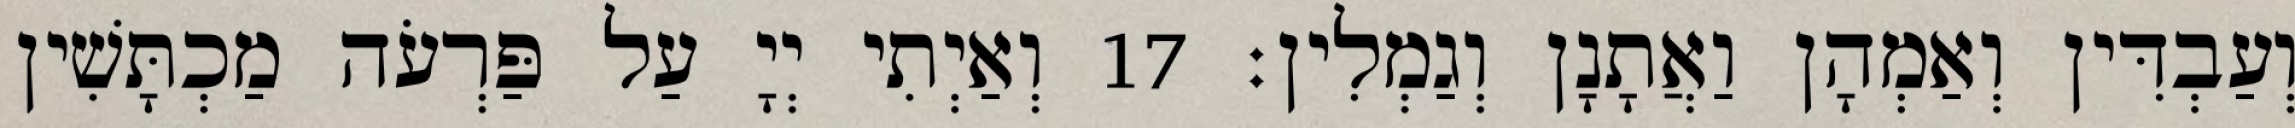
וְעַבְדִּין וְאַמְהָן וַאֲתָנָן וְגַמְלִין׃ 17 וְאַיְתִי יְיָ עַל פַּרְעֹה מַכְתָּשִׁין